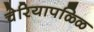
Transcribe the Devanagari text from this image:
चेरियापळ्ळि